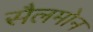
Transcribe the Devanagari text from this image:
सैलमोन